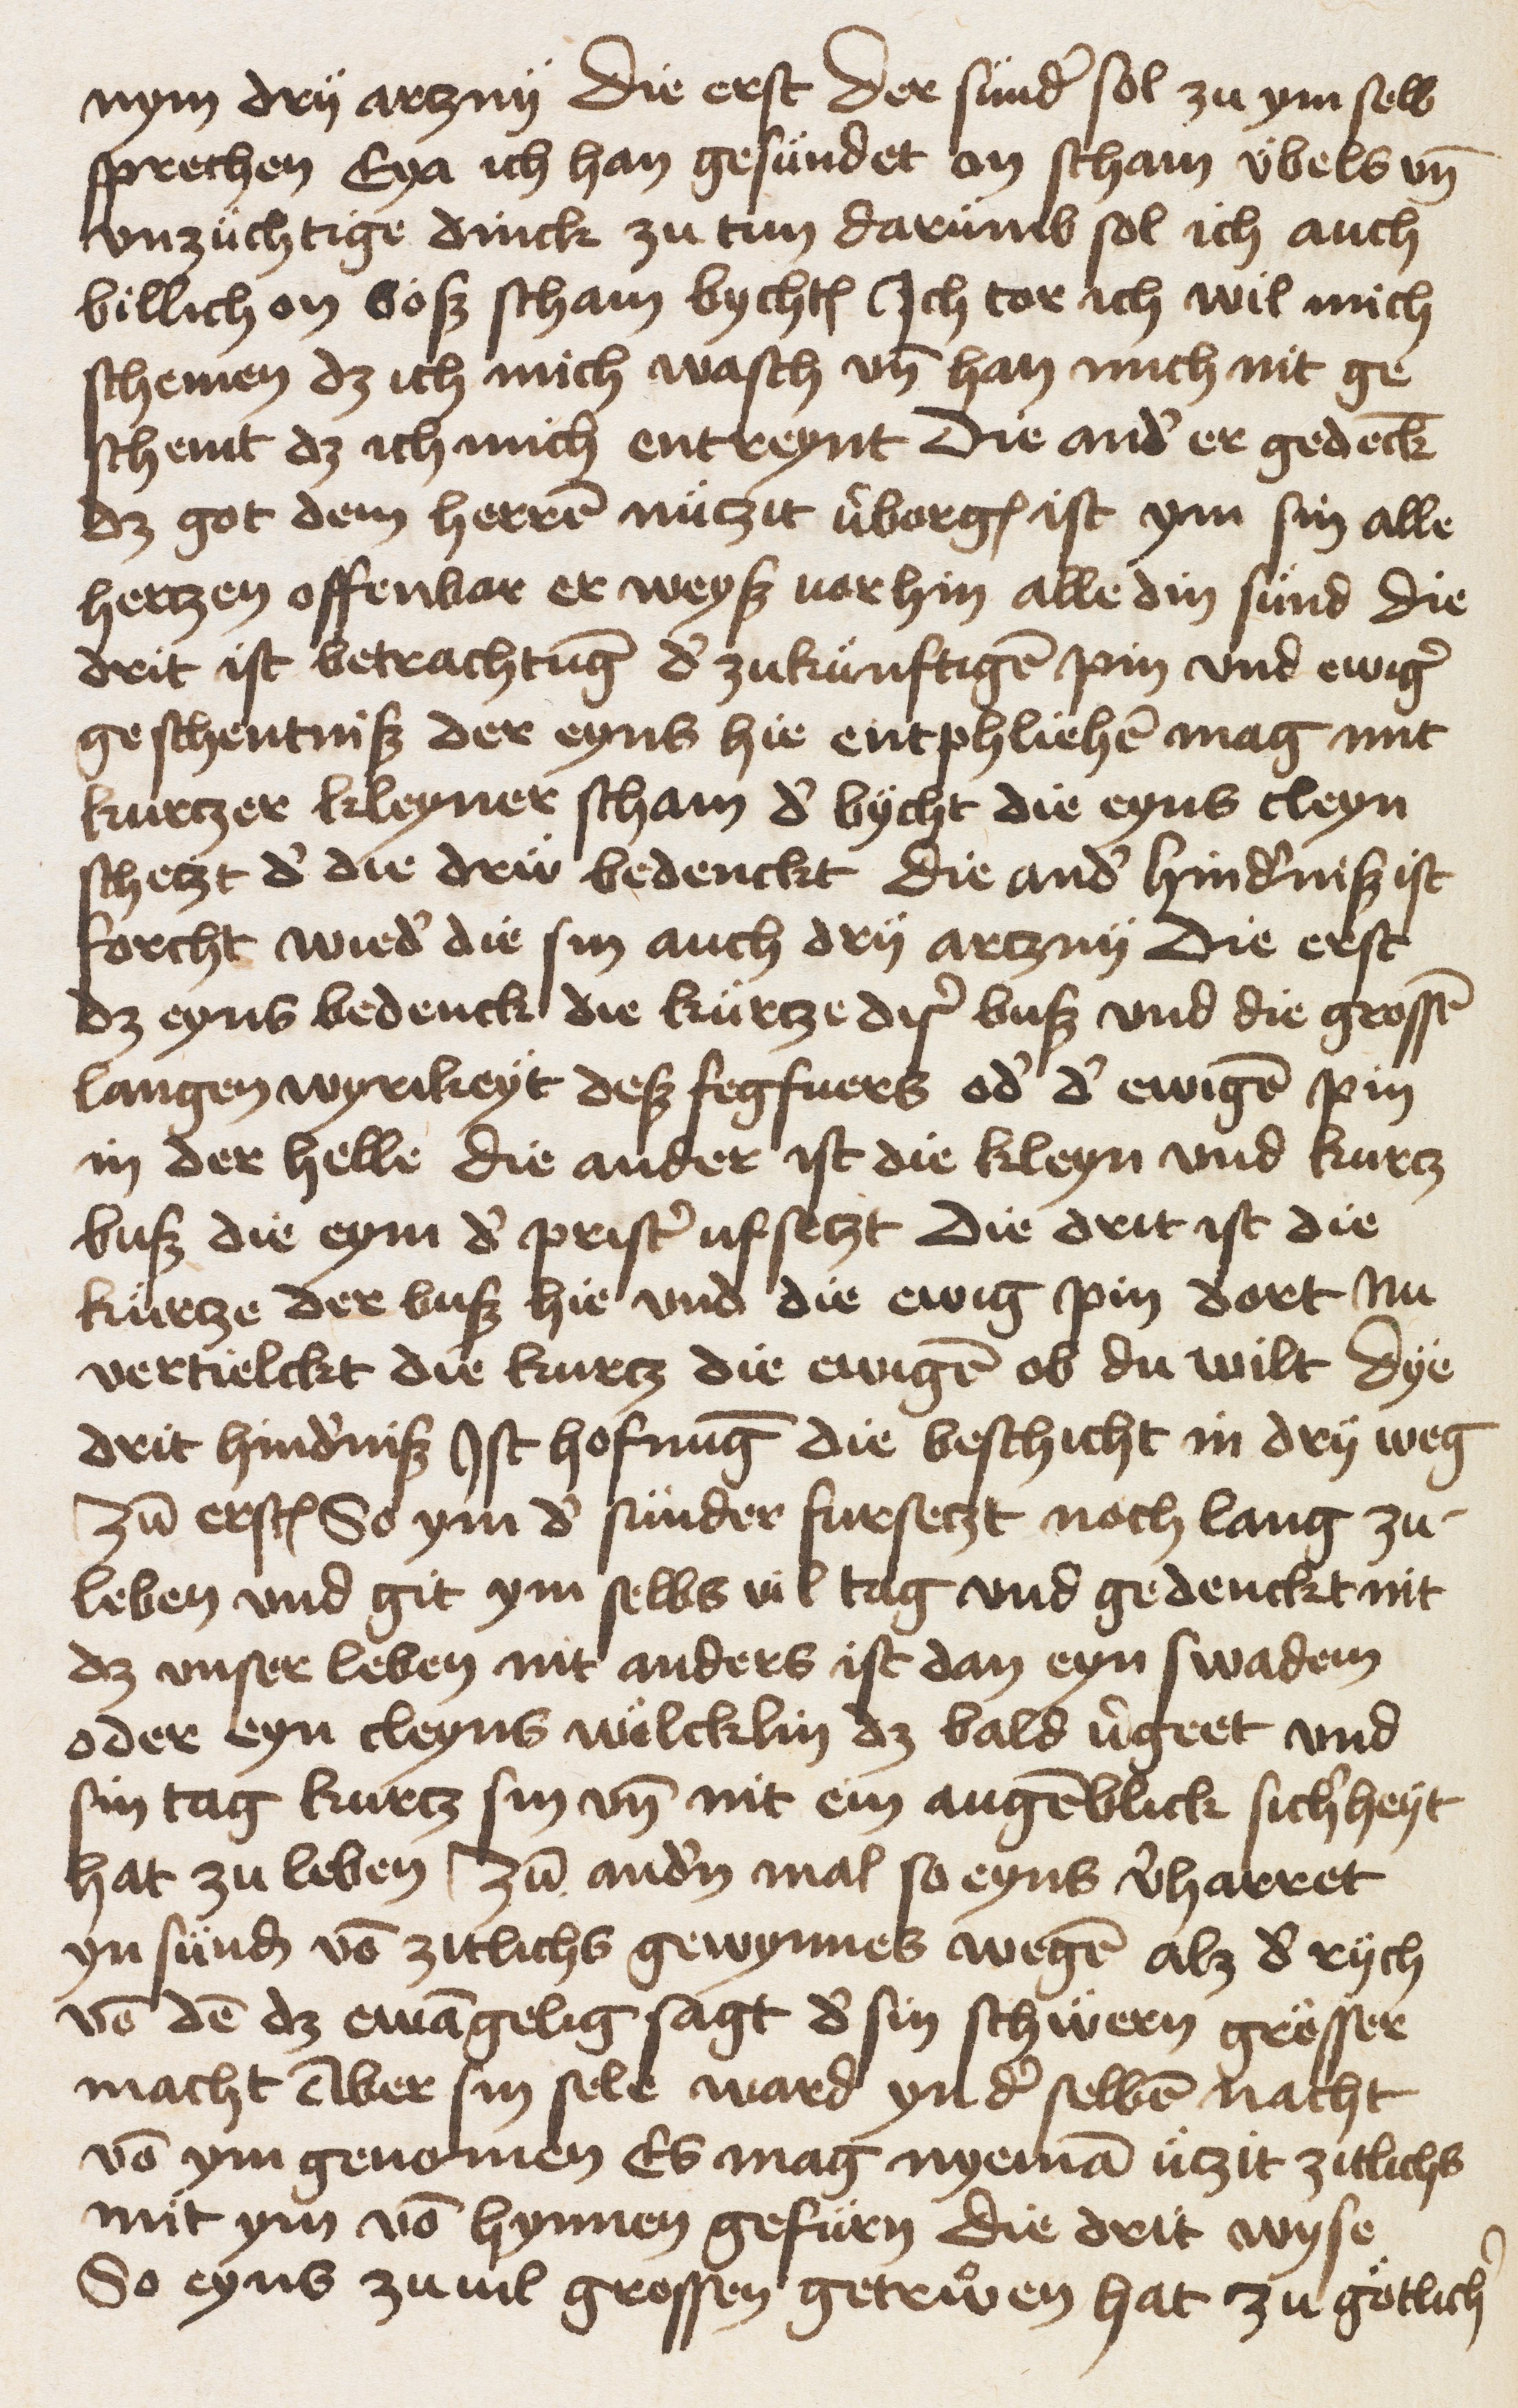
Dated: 1453–1453